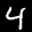
Digit: 4